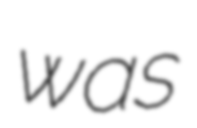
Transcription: was